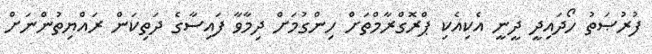
ފުރުޞަތު ހޯދައިދީ ދީނީ އެކިއެކި ޕްރޮގްރާމްތަށް ހިންގުމަށް ދިމާވާ ފައިސާގެ ދަތިކަން ރައްޔިތުންނަށް